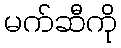
မက်ဆီကို